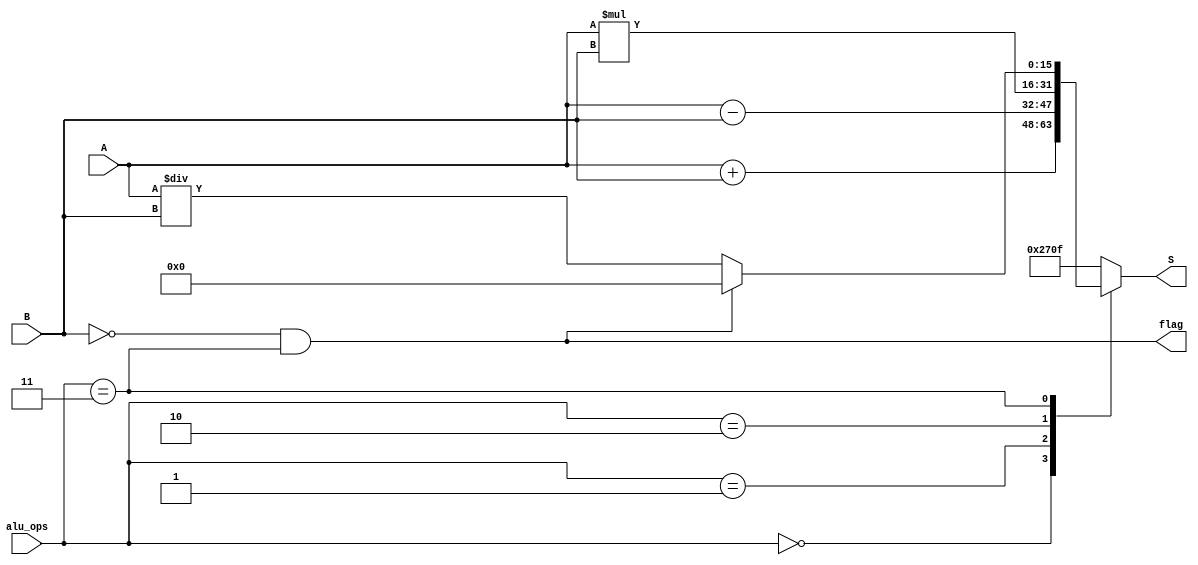
`timescale 1ns / 1ps
//////////////////////////////////////////////////////////////////////////////////
// Company: 
// Engineer: 
// 
// Design Name: 
// Module Name: alu
// Project Name: 
// Target Devices: 
// Tool Versions: 
// Description: 
// 
// Dependencies: 
// 
// Revision:
// Revision 0.01 - File Created
// Additional Comments:
// 
//////////////////////////////////////////////////////////////////////////////////


module alu(
	output [15:0] S,
	output flag,
	input signed [15:0] A,
	input signed [15:0] B,
	input [3:0] alu_ops
	);

    //assign z=~|S;
  /*  wire [15:0] 
    
  reg signed [15:0] A_signed = A;
  reg signed [15:0] B_signed = B;*/

    
    
    reg[15:0] result=0;
    //wire [15:0] result;
    assign S=result;
    assign flag=(B==0 && alu_ops==2'b11);
    
    
    always @(*) begin
        case (alu_ops)
            2'b00: result <= A+B;
            2'b01: result <= A-B;
            2'b10: begin result<=A*B;  end
            2'b11: 
            begin 
            if(!flag)begin result<=A/B; end
            else begin result<=0; end 
            
            end
            /*4'b0100: begin result<=A|B;  end
            4'b0101: begin result<=A&B;  end
            4'b0110: begin result<=A^B; end
            4'b0111: begin result<=-A;  end
            4'b1000: begin result<=~A;  end 
            4'b1001: begin result<=~B;  end*/
            default: result <= 16'sd9999 ;
        endcase
    end

endmodule